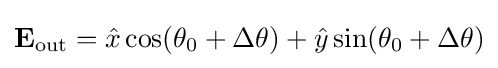
\mathbf {E} _{\text{out}}={\hat {x}}\cos(\theta _{0}+\Delta \theta )+{\hat {y}}\sin(\theta _{0}+\Delta \theta )